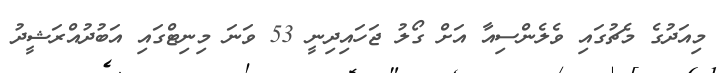
މިއަދުގެ މެޗުގައި ވެލެންސިއާ އަށް ގޯލު ޖަހައިދިނީ 53 ވަނަ މިނިޓްގައި އަބުދުއްރަޝީދު